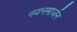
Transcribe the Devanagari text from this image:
नयनमार्जन